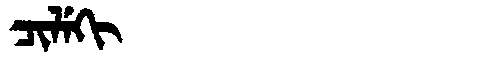
Manchu: ᠴᡳᠯᡝᡴᡳ
Romanization: CILEKI